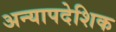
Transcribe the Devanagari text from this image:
अन्यापदेशिक